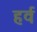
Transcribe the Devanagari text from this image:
हर्व